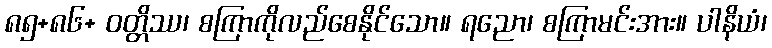
၈၅+၈၆+ ဝတ္တိဿ၊ စကြာကိုလည်စေနိုင်သော။ ရညော၊ စကြာမင်းအား။ ပါနိယံ၊